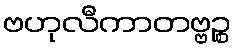
ဗဟုလီကာတဗ္ဗဉ္စ